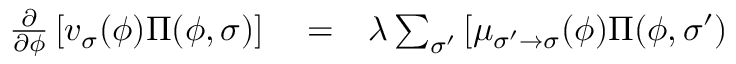
\begin{array} { r l r } { \frac { \partial } { \partial \phi } \left[ v _ { \sigma } ( \phi ) \Pi ( \phi , \sigma ) \right] } & { { } = } & { \lambda \sum _ { \sigma ^ { \prime } } \left[ \mu _ { \sigma ^ { \prime } \to \sigma } ( \phi ) \Pi ( \phi , \sigma ^ { \prime } ) \right. } \end{array}